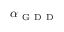
\alpha _ { \mathrm { ~ G ~ D ~ D ~ } }